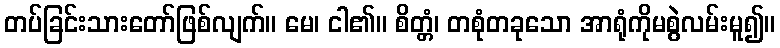
တပ်ခြင်းသားတော်ဖြစ်လျက်။ မေ၊ ငါ၏။ စိတ္တံ၊ တစုံတခုသော အာရုံကိုမစွဲလမ်းမူ၍။